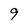
Character: 9